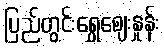
ပြည်တွင်းရွှေဈေးနှုန်း